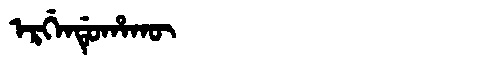
Manchu: ᡝᡵᡤᡝᠨᡩᡠᡥᠠᡴᡡ
Romanization: ERGENDUHAKŪ